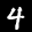
Label: 4